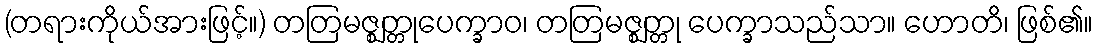
(တရားကိုယ်အားဖြင့်။) တတြမဇ္ဈတ္တုပေက္ခာဝ၊ တတြမဇ္ဈတ္တု ပေက္ခာသည်သာ။ ဟောတိ၊ ဖြစ်၏။